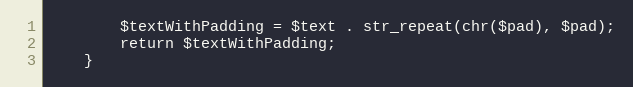
Language: PHP
        $textWithPadding = $text . str_repeat(chr($pad), $pad);
        return $textWithPadding;
    }